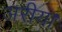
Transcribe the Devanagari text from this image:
अरीय।